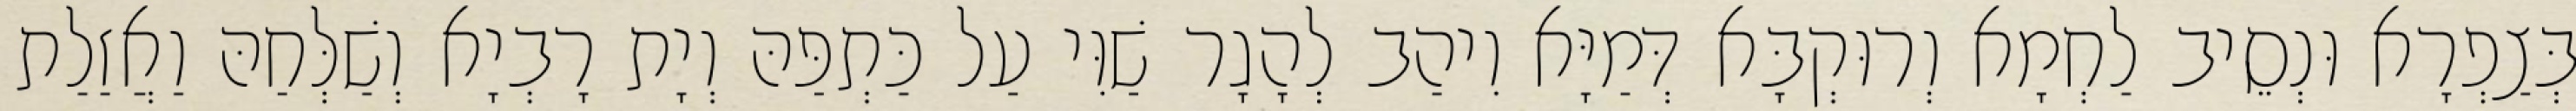
בְּצַפְרָא וּנְסֵיב לַחְמָא וְרוּקְבָּא דְּמַיָּא וִיהַב לְהָגָר שַׁוִּי עַל כַּתְפַּהּ וְיָת רָבְיָא וְשַׁלְּחַהּ וַאֲזַלַת